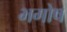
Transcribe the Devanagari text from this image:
भगोष